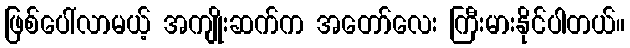
ဖြစ်ပေါ်လာမယ့် အကျိုးဆက်က အတော်လေး ကြီးမားနိုင်ပါတယ်။